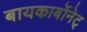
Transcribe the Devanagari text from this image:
बायकार्बोनेट्